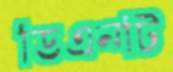
ডিএনটি